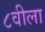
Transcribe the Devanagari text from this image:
८वीला